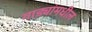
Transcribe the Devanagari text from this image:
गाड्यांमधील